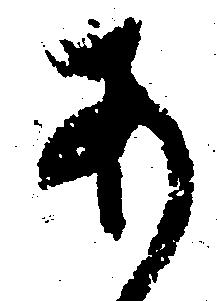
あ